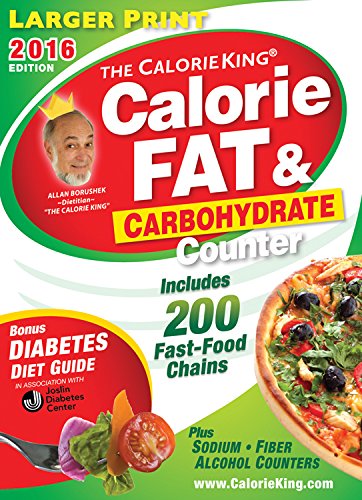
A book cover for The CalorieKing Calorie, Fat & Carbohydrate Counter 2016: Larger Print Edition; Allan Borushek; Medical Books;